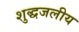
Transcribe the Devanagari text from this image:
शुद्धजलीय